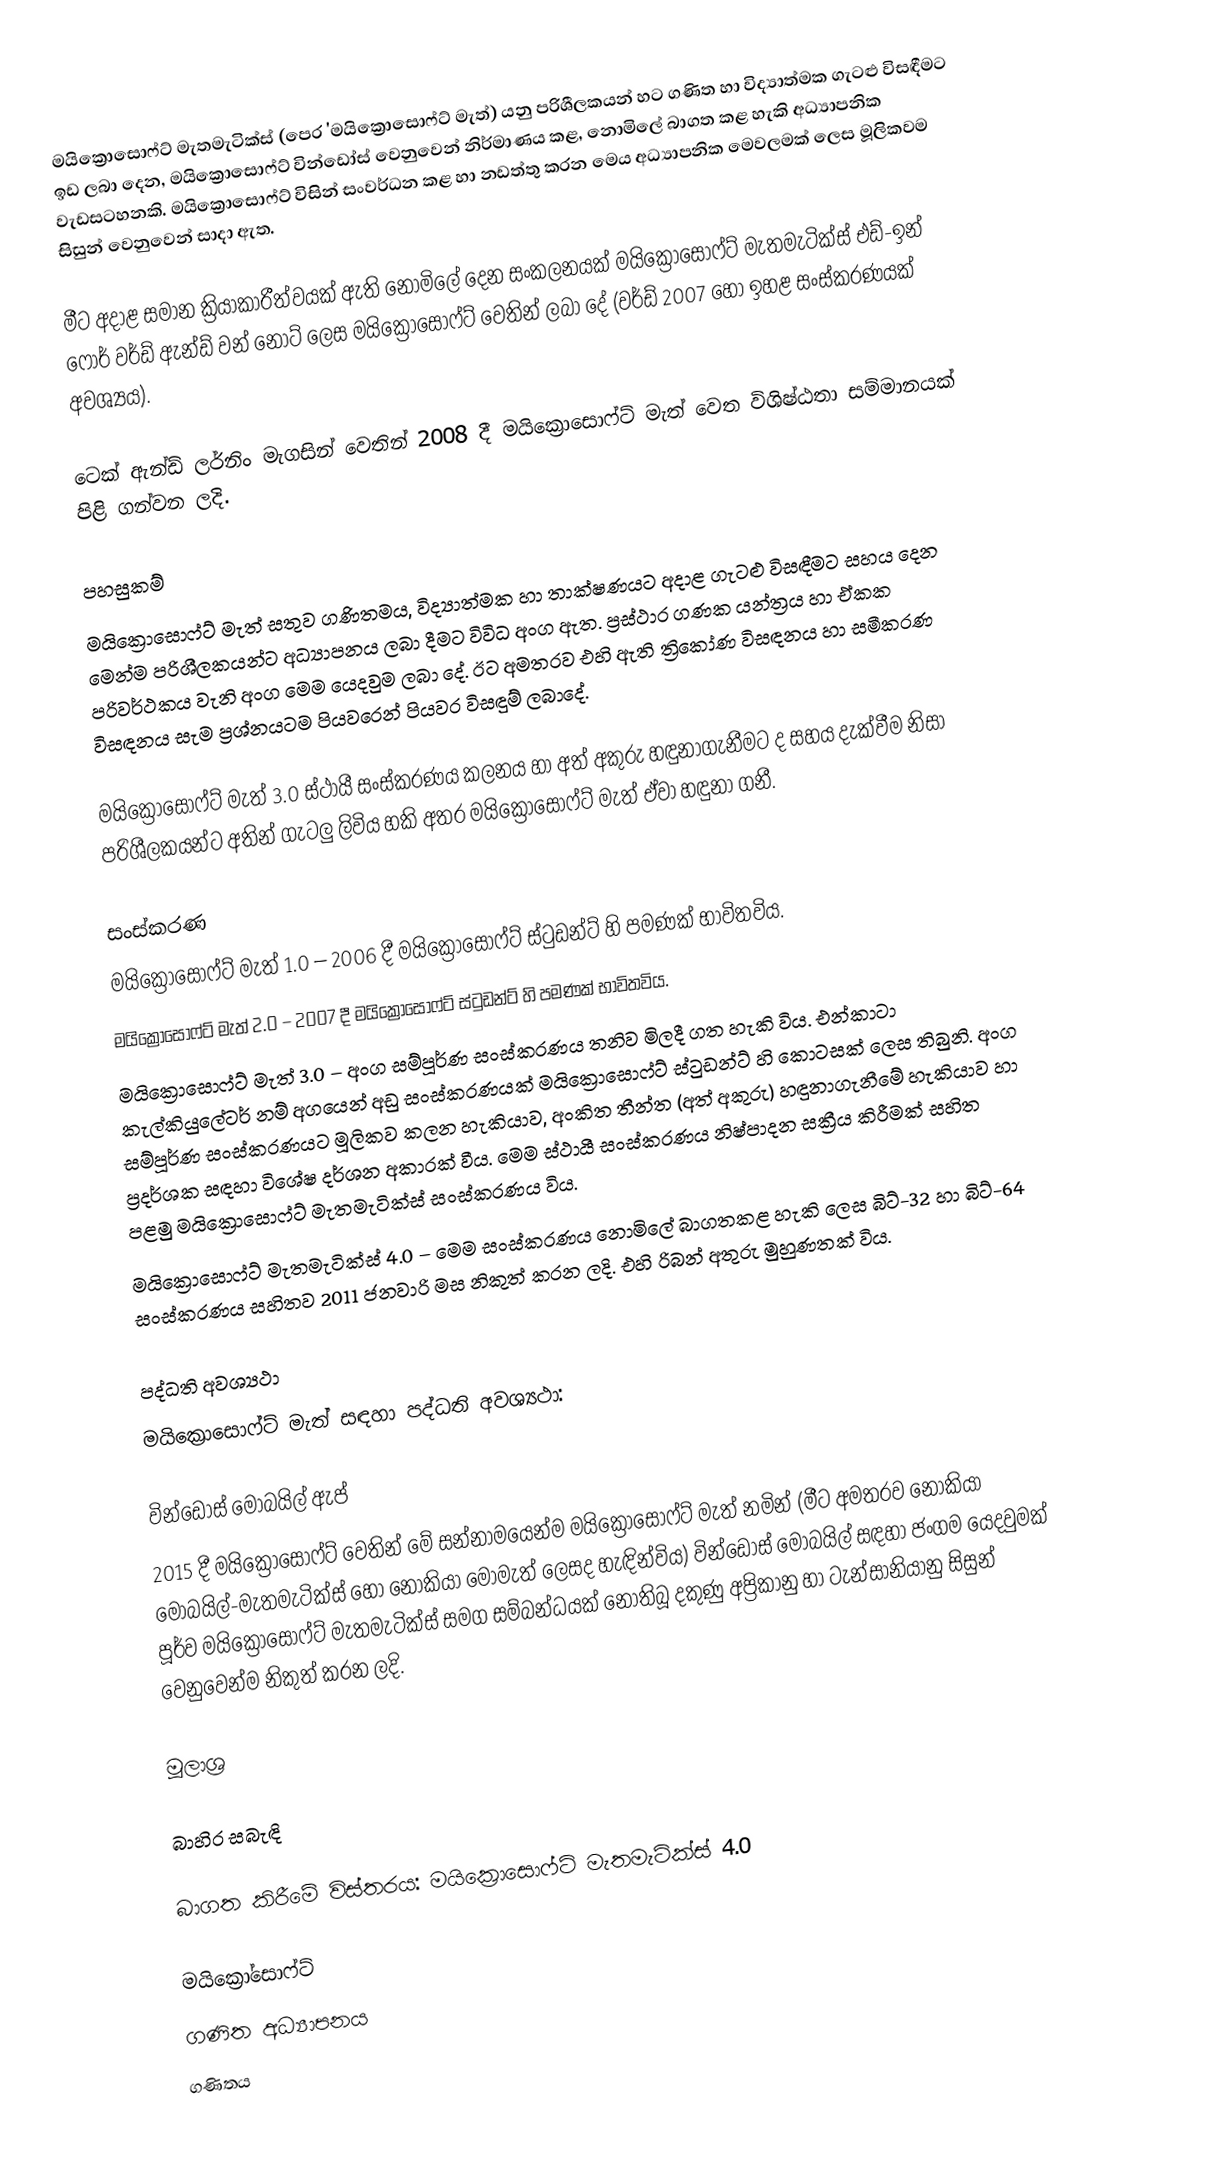
මයික්‍රොසොෆ්ට් මැතමැටික්ස් (පෙර 'මයික්‍රොසොෆ්ට් මැත්) යනු පරිශීලකයන් හට ගණිත හා විද්‍යාත්මක ගැටළු විසඳීමට ඉඩ ලබා දෙන, මයික්‍රොසොෆ්ට් වින්ඩෝස් වෙනුවෙන් නිර්මාණය කළ, නොමිලේ බාගත කළ හැකි අධ්‍යාපනික වැඩසටහනකි. මයික්‍රොසොෆ්ට් විසින් සංවර්ධන කළ හා නඩත්තු කරන මෙය අධ්‍යාපනික මෙවලමක් ලෙස මූලිකවම සිසුන් වෙනුවෙන් සාදා ඇත.

මීට අදාළ සමාන ක්‍රියාකාරීත්වයක් ඇති නොමිලේ දෙන සංකලනයක් මයික්‍රොසොෆ්ට් මැතමැටික්ස් එඩ්-ඉන් ෆොර් වර්ඩ් ඇන්ඩ් වන් නෝට් ලෙස මයික්‍රොසොෆ්ට් වෙතින් ලබා දේ (වර්ඩ් 2007 හෝ ඉහළ සංස්කරණයක් අවශ්‍යය).

ටෙක් ඇන්ඩ් ලර්නිං මැගසින් වෙතින් 2008 දී මයික්‍රොසොෆ්ට් මැත් වෙත විශිෂ්ඨතා සම්මානයක් පිළි ගන්වන ලදි.

පහසුකම්
මයික්‍රොසොෆ්ට් මැත් සතුව ගණිතමය, විද්‍යාත්මක හා තාක්ෂණයට අදාළ ගැටළු විසඳීමට සහය දෙන මෙන්ම පරිශීලකයන්ට අධ්‍යාපනය ලබා දීමට විවිධ අංග ඇත. ප්‍රස්ථාර ගණක යන්ත්‍රය හා ඒකක පරිවර්ථකය වැනි අංග මෙම යෙදවුම ලබා දේ. ඊට අමතරව එහි ඇති ත්‍රිකෝණ විසඳනය හා සමීකරණ විසඳනය සැම ප්‍රශ්නයටම පියවරෙන් පියවර විසඳුම් ලබාදේ.

මයික්‍රොසොෆ්ට් මැත් 3.0 ස්ථායී සංස්කරණය කලනය හා අත් අකුරු හඳුනාගැනීමට ද සහය දැක්වීම නිසා පරිශීලකයන්ට අතින් ගැටලු ලිවිය හකි අතර මයික්‍රොසොෆ්ට් මැත් ඒවා හඳුනා ගනී.

සංස්කරණ
 මයික්‍රොසොෆ්ට් මැත් 1.0 – 2006 දී මයික්‍රොසොෆ්ට් ස්ටුඩන්ට් හි පමණක් භාවිතවිය.
 මයික්‍රොසොෆ්ට් මැත් 2.0 – 2007 දී මයික්‍රොසොෆ්ට් ස්ටුඩන්ට් හි පමණක් භාවිතවිය.
 මයික්‍රොසොෆ්ට් මැත් 3.0 – අංග සම්පූර්ණ සංස්කරණය තනිව මිලදී ගත හැකි විය. එන්කාටා කැල්කියුලේටර් නම් අගයෙන් අඩු සංස්කරණයක් මයික්‍රොසොෆ්ට් ස්ටුඩන්ට් හි කොටසක් ලෙස තිබුනි. අංග සම්පූර්ණ සංස්කරණයට මූලිකව කලන හැකියාව, අංකිත තීන්ත (අත් අකුරු) හඳුනාගැනීමේ හැකියාව හා ප්‍රදර්ශක සඳහා විශේෂ දර්ශන අකාරක් වීය. මෙම ස්ථායී සංස්කරණය නිෂ්පාදන සක්‍රීය කිරීමක් සහිත පළමු මයික්‍රොසොෆ්ට් මැතමැටික්ස් සංස්කරණය විය.
 මයික්‍රොසොෆ්ට් මැතමැටික්ස් 4.0 – මෙම සංස්කරණය නොමිලේ බාගතකළ හැකි ලෙස බිට්-32 හා බිට්-64 සංස්කරණය සහිතව 2011 ජනවාරි මස නිකුත් කරන ලදි. එහි රිබන් අතුරු මුහුණතක් විය.

පද්ධති අවශ්‍යථා
මයික්‍රොසොෆ්ට් මැත් සඳහා පද්ධති අවශ්‍යථා:

වින්ඩෝස් මොබයිල් ඇප්
2015 දී මයික්‍රොසොෆ්ට් වෙතින් මේ සන්නාමයෙන්ම මයික්‍රොසොෆ්ට් මැත් නමින් (මීට අමතරව නොකියා මොබයිල්-මැතමැටික්ස් හෝ නොකියා මොමැත් ලෙසද හැඳින්විය) වින්ඩෝස් මොබයිල් සඳහා ජංගම යෙදවුමක් පූර්ව මයික්‍රොසොෆ්ට් මැතමැටික්ස් සමග සම්බන්ධයක් නොතිබූ දකුණු අප්‍රිකානු හා ටැන්සානියානු සිසුන් වෙනුවෙන්ම නිකුත් කරන ලදි.

මූලාශ්‍ර

බාහිර සබැඳි

බාගත කිරීමේ විස්තරය: මයික්‍රොසොෆ්ට් මැතමැටික්ස් 4.0

මයික්‍රෝසොෆ්ට්
ගණිත අධ්‍යාපනය
ගණිතය